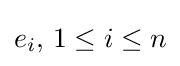
e_{i},\,1\leq i\leq n